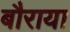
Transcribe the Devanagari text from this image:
बौराया